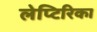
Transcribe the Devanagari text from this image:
लेप्टिरिका